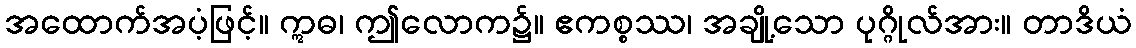
အထောက်အပံ့ဖြင့်။ ဣဓ၊ ဤလောက၌။ ဧကစ္စဿ၊ အချို့သော ပုဂ္ဂိုလ်အား။ တာဒိယံ